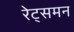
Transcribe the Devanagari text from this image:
रेट्समन